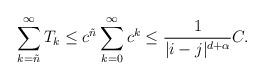
LaTeX: \begin{align*} \sum_{k=\tilde n}^\infty T_k \leq c^{\tilde n} \sum_{k=0}^\infty c^k \leq \frac{1}{|i-j|^{d+\alpha}} C. \end{align*}